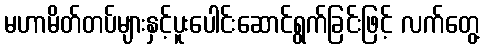
မဟာမိတ်တပ်များနှင့်ပူးပေါင်းဆောင်ရွက်ခြင်းဖြင့် လက်တွေ့